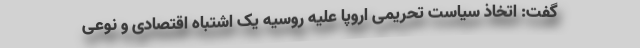
گفت: اتخاذ سیاست تحریمی اروپا علیه روسیه یک اشتباه اقتصادی و نوعی